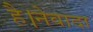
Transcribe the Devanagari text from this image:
है।नेवादा